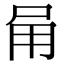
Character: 𭺸